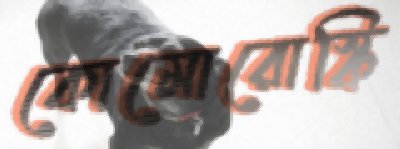
কোমোরোস্কি